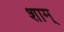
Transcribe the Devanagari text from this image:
शाम्